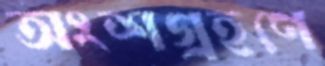
অংশগ্রহণে